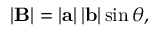
\left| \mathbf { B } \right| = \left| \mathbf { a } \right| \left| \mathbf { b } \right| \sin { \theta } ,